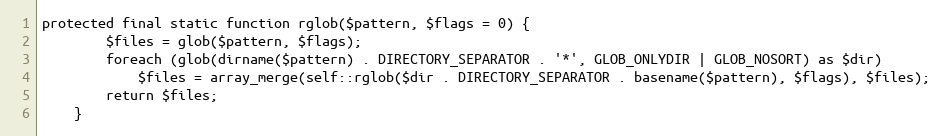
Language: PHP
protected final static function rglob($pattern, $flags = 0) {
		$files = glob($pattern, $flags);
		foreach (glob(dirname($pattern) . DIRECTORY_SEPARATOR . '*', GLOB_ONLYDIR | GLOB_NOSORT) as $dir)
			$files = array_merge(self::rglob($dir . DIRECTORY_SEPARATOR . basename($pattern), $flags), $files);
		return $files;
	}